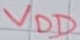
Text: VDD